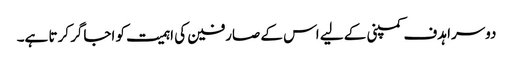
دوسرا ہدف کمپنی کے لیے اس کے صارفین کی اہمیت کو اجاگر کرتا ہے۔